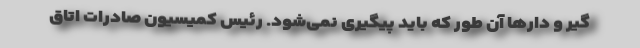
گیر و دار‌ها آن طور که باید پیگیری نمی‌شود. رئیس کمیسیون صادرات اتاق